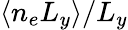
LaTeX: \langle n_{e}L_{y}\rangle/L_{y}